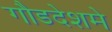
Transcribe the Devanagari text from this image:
गौडदेशमे